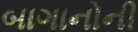
બાગાનોની